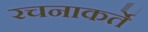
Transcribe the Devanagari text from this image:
रचनाकर्ते